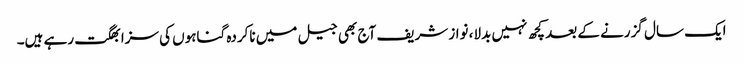
ایک سال گزرنے کے بعد کچھ نہیں بدلا، نواز شریف آج بھی جیل میں ناکردہ گناہوں کی سزا بھگت رہے ہیں۔